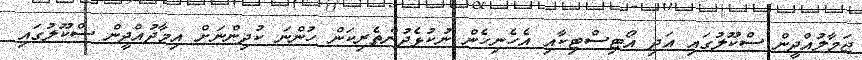
ޖަމާލުއްދީން ސްކޫލުގައި އަދި އޯޓިސްޓިކާއި އެހެނިހެން ނުކުޅެދުންތެރިކަން ހުންނަ ކުދިންނަށް އިމާދުއްދީން ސްކޫލުގައި